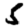
Digit: 5